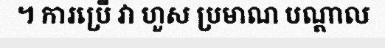
។ ការប្រើ វា ហួស ប្រមាណ បណ្តាល